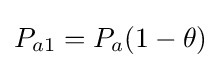
P_{a1}=P_{a}(1-\theta )